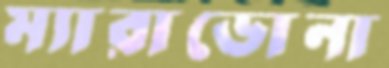
ম্যারাডোনা